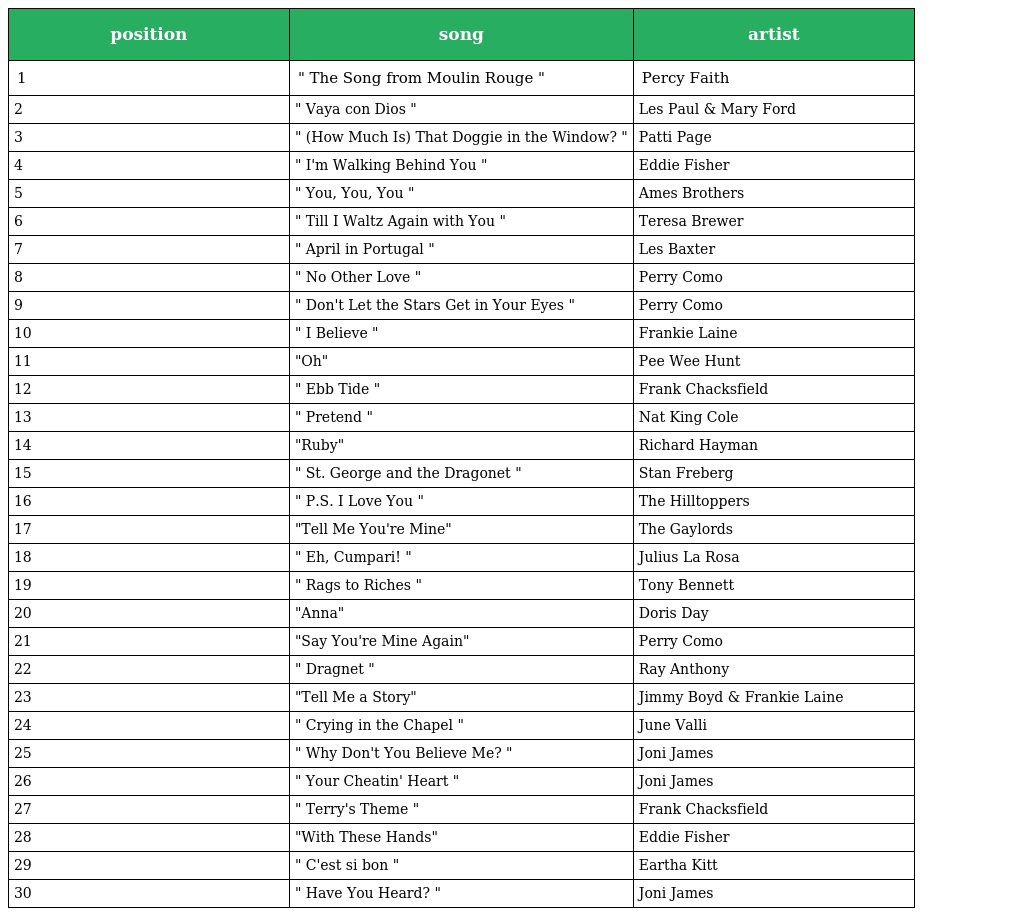
| position | song | artist |
 | --- | --- | --- |
 | 1 | " The Song from Moulin Rouge " | Percy Faith |
 | 2 | " Vaya con Dios " | Les Paul & Mary Ford |
 | 3 | " (How Much Is) That Doggie in the Window? " | Patti Page |
 | 4 | " I'm Walking Behind You " | Eddie Fisher |
 | 5 | " You, You, You " | Ames Brothers |
 | 6 | " Till I Waltz Again with You " | Teresa Brewer |
 | 7 | " April in Portugal " | Les Baxter |
 | 8 | " No Other Love " | Perry Como |
 | 9 | " Don't Let the Stars Get in Your Eyes " | Perry Como |
 | 10 | " I Believe " | Frankie Laine |
 | 11 | "Oh" | Pee Wee Hunt |
 | 12 | " Ebb Tide " | Frank Chacksfield |
 | 13 | " Pretend " | Nat King Cole |
 | 14 | "Ruby" | Richard Hayman |
 | 15 | " St. George and the Dragonet " | Stan Freberg |
 | 16 | " P.S. I Love You " | The Hilltoppers |
 | 17 | "Tell Me You're Mine" | The Gaylords |
 | 18 | " Eh, Cumpari! " | Julius La Rosa |
 | 19 | " Rags to Riches " | Tony Bennett |
 | 20 | "Anna" | Doris Day |
 | 21 | "Say You're Mine Again" | Perry Como |
 | 22 | " Dragnet " | Ray Anthony |
 | 23 | "Tell Me a Story" | Jimmy Boyd & Frankie Laine |
 | 24 | " Crying in the Chapel " | June Valli |
 | 25 | " Why Don't You Believe Me? " | Joni James |
 | 26 | " Your Cheatin' Heart " | Joni James |
 | 27 | " Terry's Theme " | Frank Chacksfield |
 | 28 | "With These Hands" | Eddie Fisher |
 | 29 | " C'est si bon " | Eartha Kitt |
 | 30 | " Have You Heard? " | Joni James |